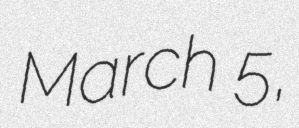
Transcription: March 5,